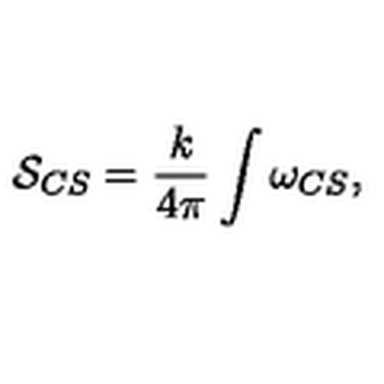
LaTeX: { \cal S } _ { C S } = \frac { k } { 4 \pi } \int \omega _ { C S } ,